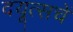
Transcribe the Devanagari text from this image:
दयूत्सचें